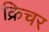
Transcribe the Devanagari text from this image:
क्रिचर